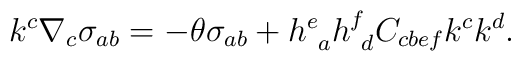
k^c \nabla_c \sigma_{ab} =-\theta \sigma_{ab} + h^e_{~a} h^f_{~d} C_{cbef} k^c k^d.